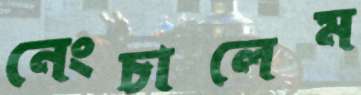
নেংচালেম